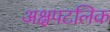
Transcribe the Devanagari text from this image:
अक्षपटलिक